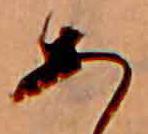
あ